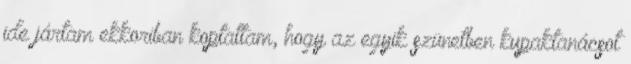
ide jártam ekkoriban koptattam, hogy az egyik szünetben kupaktanácsot